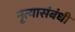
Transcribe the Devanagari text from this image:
नृत्यासंबंधी